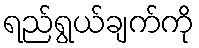
ရည်ရွယ်ချက်ကို